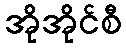
အိုအိုင်စီ